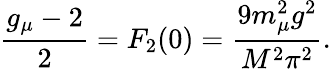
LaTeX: \frac{g_{\mu}-2}{2}=F_{2}(0)=\frac{9m_{\mu}^{2}g^{2}}{M^{2}\pi^{2}}.